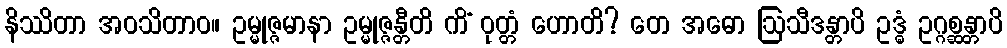
နိဿိတာ အဝသိတာဝ။ ဥမ္မုဇ္ဇမာနာ ဥမ္မုဇ္ဇန္တီတိ ကိံ ဝုတ္တံ ဟောတိ? တေ အဓော ဩသီဒန္တာပိ ဥဒ္ဓံ ဥဂ္ဂစ္ဆန္တာပိ